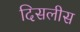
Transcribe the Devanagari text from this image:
दिसलीस